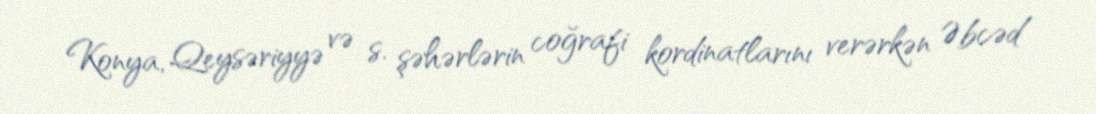
Konya, Qeysəriyyə və s. şəhərlərin coğrafi kordinatlarını verərkən Əbcəd